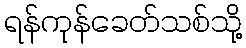
ရန်ကုန်ခေတ်သစ်သို့